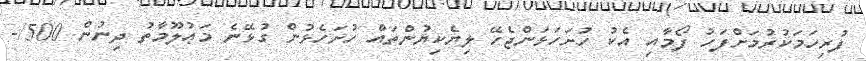
ފުރިހަމަކުރުމަށްފަހު ފޯމާއި އެކު ހުށަހަޅަންޖެހޭ ލިޔެކިޔުންތައް ހުށަހެޅުން ގުޅޭނެ މަޢުލޫމާތު ދިނުން 500/-